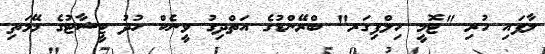
ލާފައި ހުރި "ޓޮމީ ހިލްފިގަރ" ބްރޭންޑުގެ އަތްދިގު ވީނެކް ހުދު ޓީޝާޓުގެ މޭމަތި